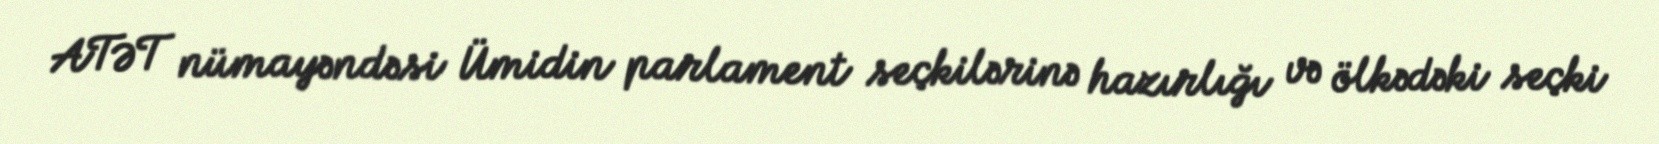
ATƏT nümayəndəsi Ümidin parlament seçkilərinə hazırlığı və ölkədəki seçki